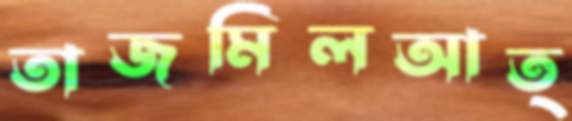
তাজমিলআত্